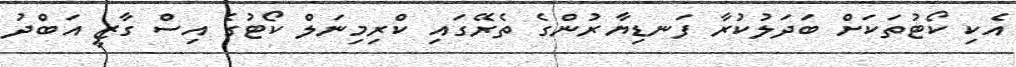
އެކި ކޯޓުތަކަށް ބަދަލުކުރާ ފަނޑިޔާރުންގެ ތެރޭގައި ކްރިމިނަލް ކޯޓުގެ އިސް ގާޒީ އަބްދު